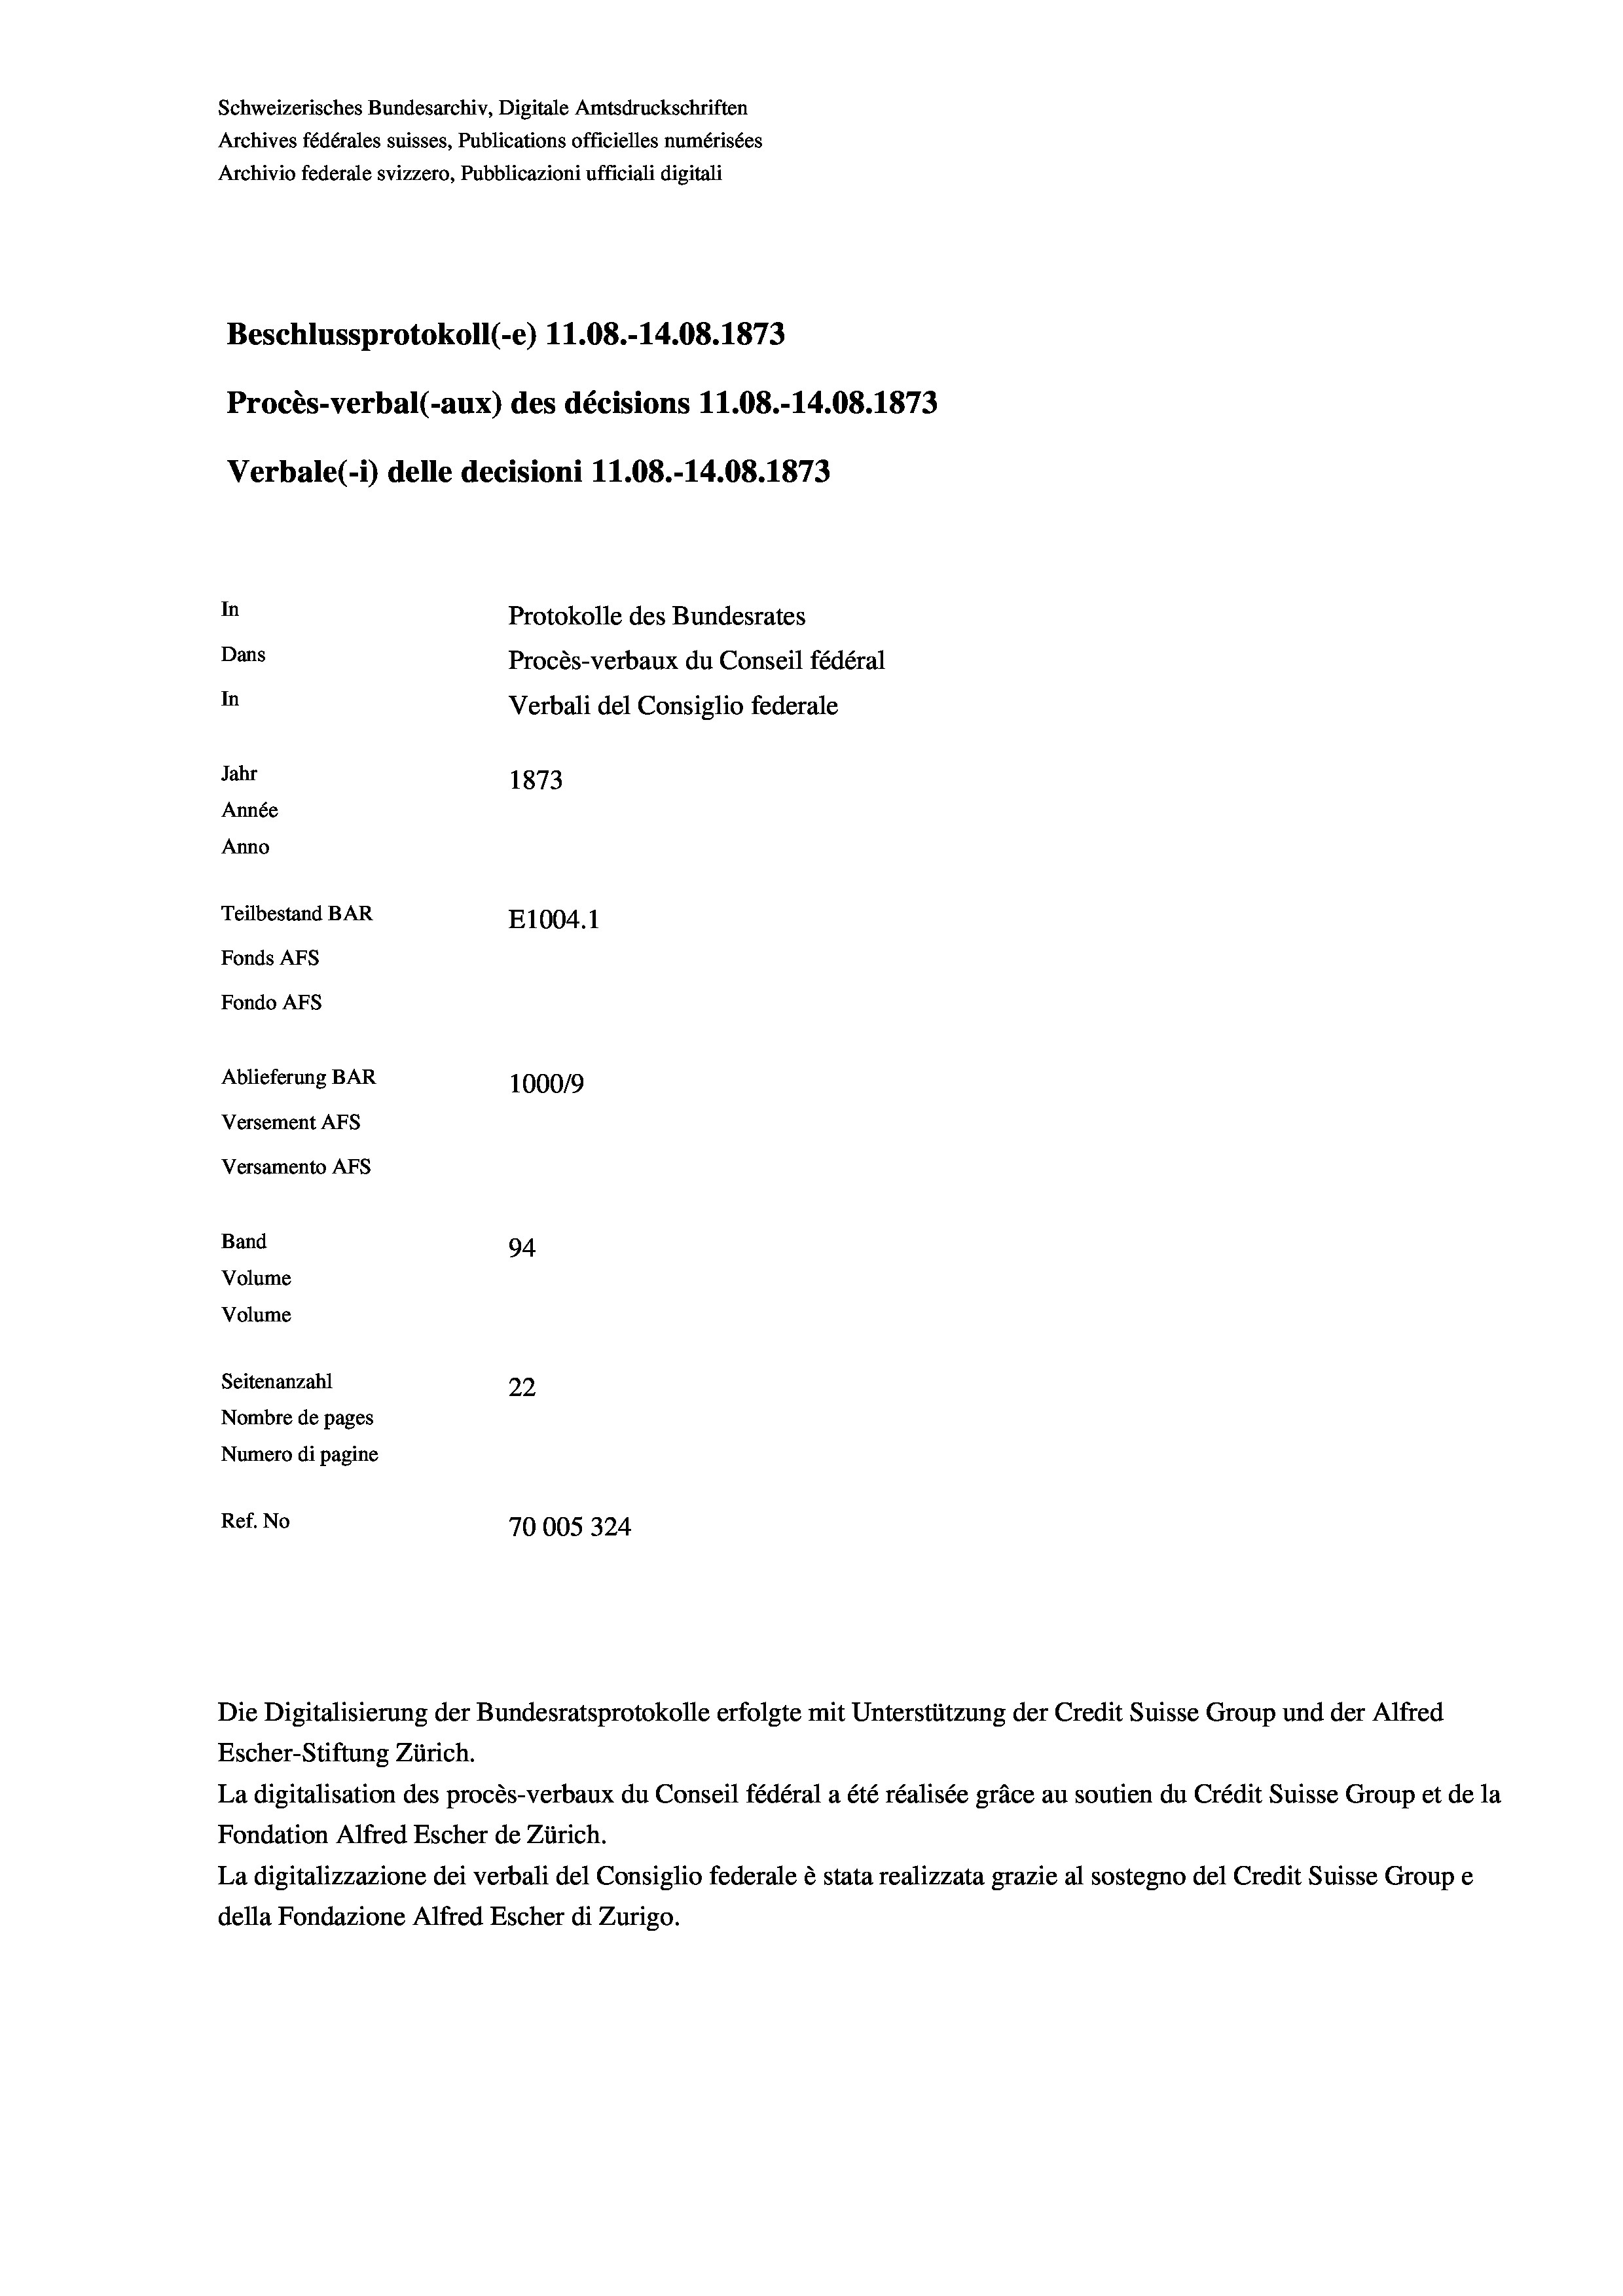
Schweizerisches Bundesarchiv, Digitale Amtsdruckschriften
Archives fédérales suisses, Publications officielles numérisées
Archivio federale svizzero, Pubblicazioni ufficiali digitali
Beschlussprotokoll (-e) 11.08.-14.08. 1873
Procès-verbal (-aux) des décisions 11.08.-14.08. 1873
Verbale (i) delle decisioni 11.08.-14.08. 1873
In
Protokolle des Bundesrates
Dans
Procès-verbaux du Conseil fédéral
In
Verbali del Consiglio federale
Jahr
1873
Année
Anno
Teilbestand BAR
E1004.1
Fonds AFs
Fondo Afs
Ablieferung BAR
1000/9
Versement AFs
Versamento AFS
Band
94
Volume
Volume
Seitenanzahl
22
Nombre de pages
Numero di pagine
Ref. No
70005324

Escher-Stiftung Zürich.
La digitalisation des procès-verbaux du Conseil fédéral a été réalisée gräce au soutien du Crédit Suisse Group et de la
Fondation Alfred Escher de Zürich.
La digitalizzazione dei verbali del Consiglio federale è stata realizzata grazie al sostegno del Credit Suisse Groupe
della Fondazione Alfred Escher di Zurigo.

Die Digitalisierung der Bundesratsprotokolle erfolgte mit Unterstützung der Credit Suisse Group und der Alfred